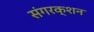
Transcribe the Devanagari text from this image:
संगरक्शन